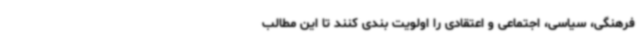
فرهنگی، سیاسی، اجتماعی و اعتقادی را اولویت بندی کنند تا این مطالب